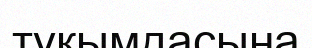
түқымдасына